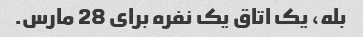
بله، یک اتاق یک نفره برای 28 مارس.